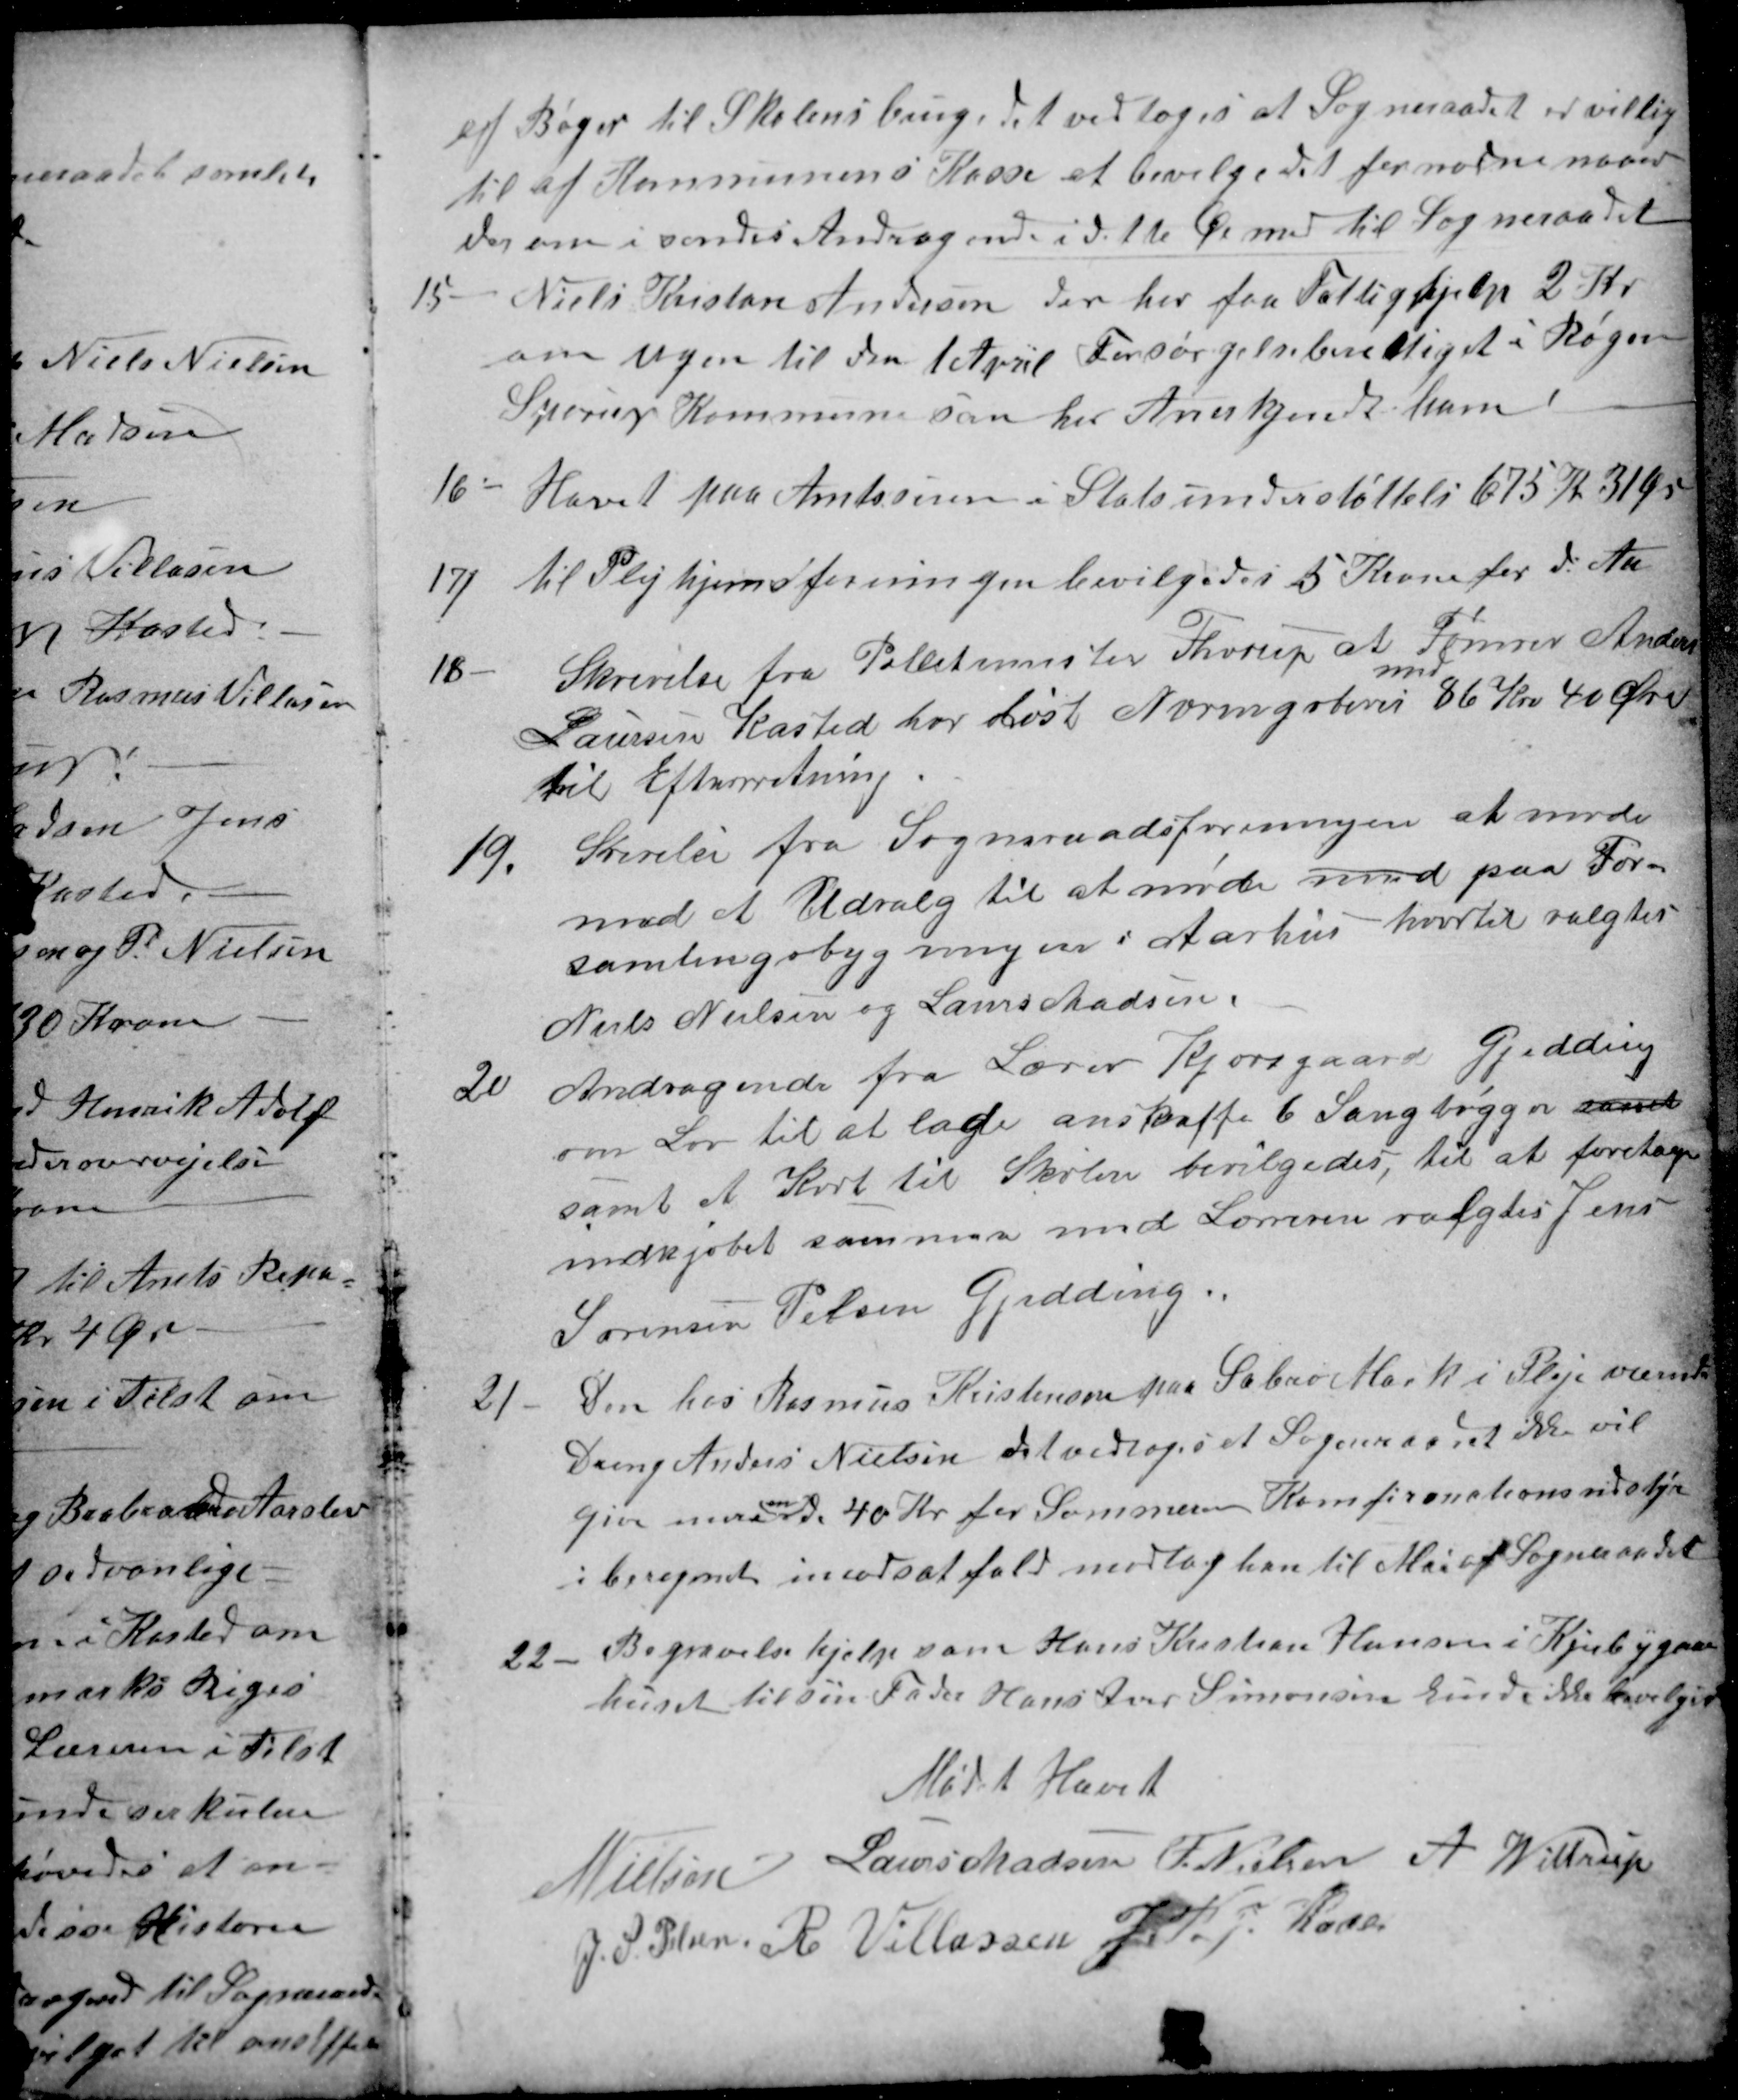
Transskription:
af Bøger til Skolens brug, det vedtoges at Sogneraadet er villig
til af Kommunens Kasse at bevilge det fornødne naaer
derom i sendes Andragende i dette Øimed til Sogneraadet
15
Niels Kristan Andersen der har faa Fattighjelp 2 Kr
om Ugen til den 1 April Forsørgelseberettiget i Røgen
Sporup Kommune som har Anerkendt ham!
16
Hævet paa Amtstuen i Statsunderstøttelse 675 Kr 31 Øre
17)
til Plejehjemsforeningen bevilgedes 5 Krone for d. Aar
18
Skrivelse fra Pollitmester Thorup at Tømrer Anders
Laursen Kasted har løst Næringsbevis
med
86 Kr 40 Øre
til Efterretning.
19.
Skrivels fra Sogneraadsforeningen at møde
med et Udvalg til at møde med paa For-
samlingsbygningen i Aarhus hvortil valgtes
Niels Nielsen og Laurs Madsen.
20
Andragende fra Lærer Kjersgaard Gjedding
om Lov til at lade anskaffe 6 Sangbøgger samt
samt et Kort til Skolen bevilgedes, til at foretage
indkjøbet sammen med Læreren valgtes Jens
Sørensen Pelsen Gjedding.
21
Den hos Rasmus Kristensen paa Sabro Mark i Pleje værende
Dreng Anders Nielsen det vedtoges at Sogneraadet ikke vil
give mere
en
de 40 Kr for Sommeren Konfirmationsudstyr
i beregnet imodsat fald modtog han til Mai af Sogneraadet
22
Begravelse hjelp som Hans Kristian Hansen i Kjerbygaar
huset til sin Fader Hans Iver Simonsen kunde ikke bevilged
Mødet Hævet
N Nielsen
Laurs Madsen
F. Nielsen
A Wittrup
J. S. Pelsen
R Villassen
J. P. J. Kaae